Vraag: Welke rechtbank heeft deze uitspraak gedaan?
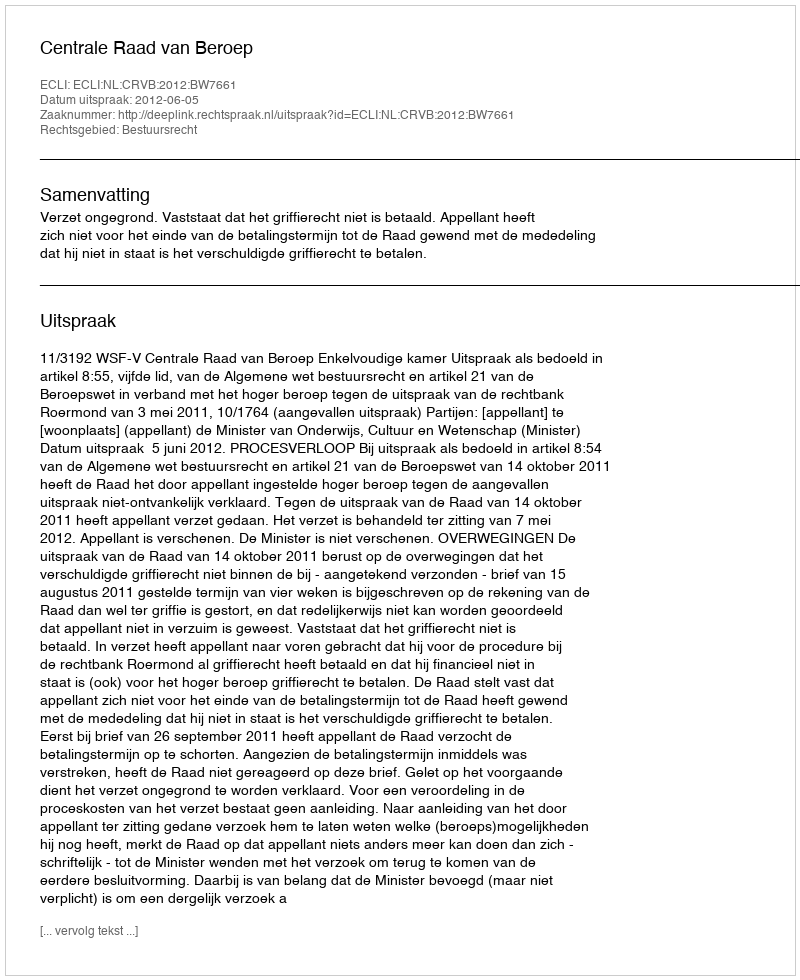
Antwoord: Centrale Raad van Beroep